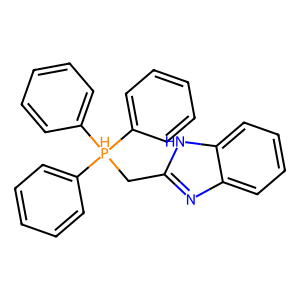
SMILES: c1ccc([PH](Cc2nc3ccccc3[nH]2)(c2ccccc2)c2ccccc2)cc1
Inhibits HIV replication: No